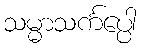
သမ္မာသင်္ကပ္ပေါ